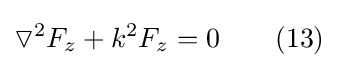
\triangledown ^{2}F_{z}+k^{2}F_{z}=0\ \ \ \ \ \ (13)